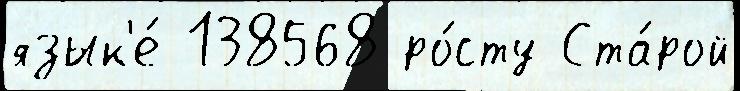
язык'е́ 138568 ро́сту Ста́рой